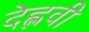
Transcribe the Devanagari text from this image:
देह्लवी